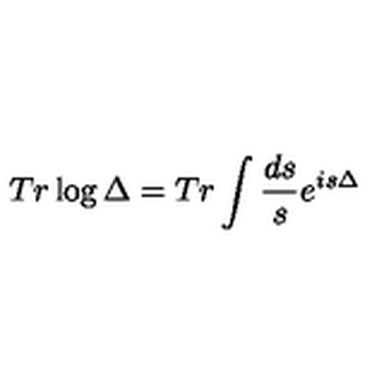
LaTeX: T r \log \Delta = T r \int \frac { d s } { s } e ^ { i s \Delta }